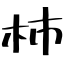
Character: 柿